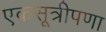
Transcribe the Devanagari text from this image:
एकसूत्रीपणा